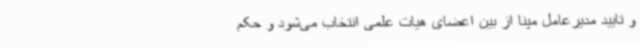
و تایید مدیرعامل مپنا از بین اعضای هیات علمی انتخاب می‌شود و حکم